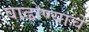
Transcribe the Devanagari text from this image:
वाढोण्याचे